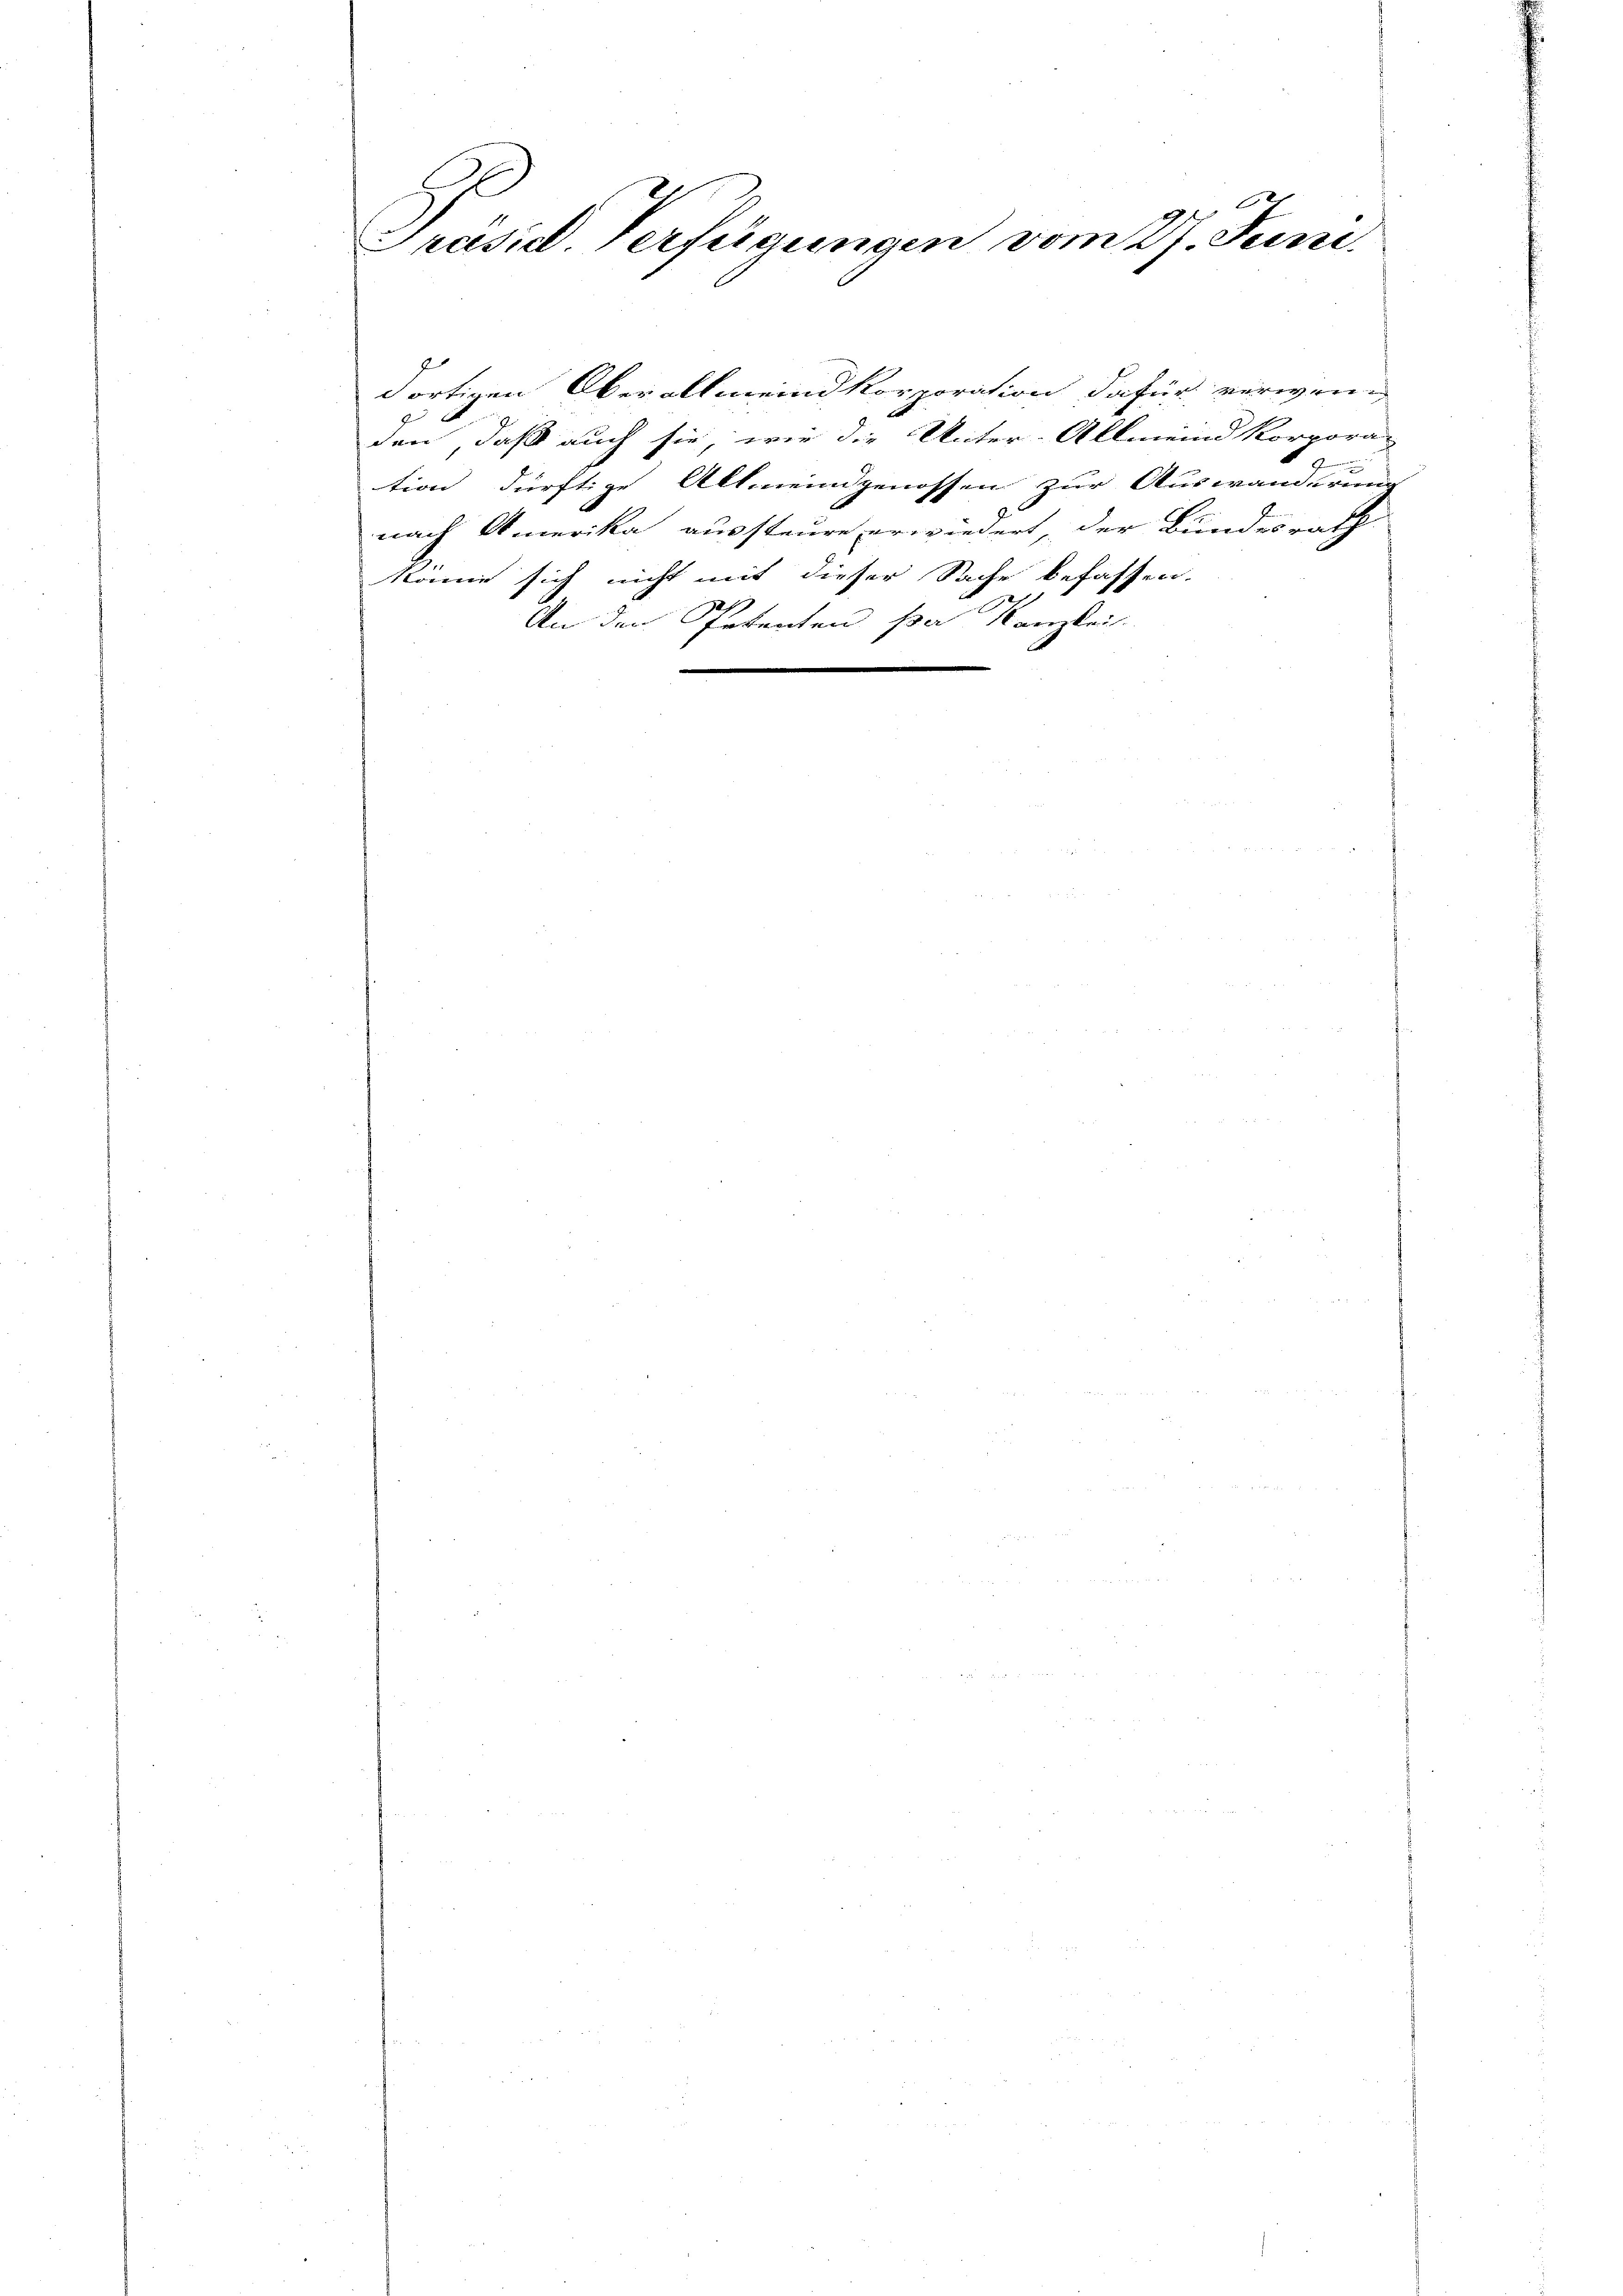
h
Präsid. Verfügungen vom 27. Juni.

J
den, daß auch sie, wie die Unter-Allmeind korpora-
J
tion dürftige Allmeingenossen zur Auswanderung |
nach Amerika aussteure erwiedert der Bundesrath
könne sich nicht mit dieser Sache befassen.
An der Petenten par Kanzlei.
e

dortigen Oberallmeind korporation dafür verwen-